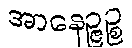
အာနေဉ္ဇဉ္စ